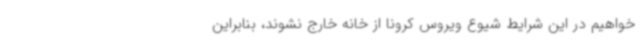
خواهیم در این شرایط شیوع ویروس کرونا از خانه خارج نشوند، بنابراین